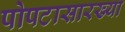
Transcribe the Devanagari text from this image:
पोपटासारख्या